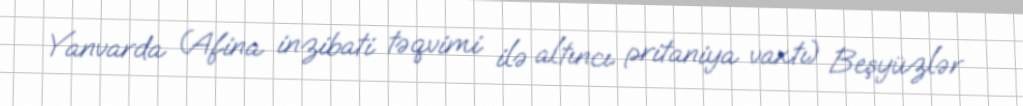
Yanvarda (Afina inzibati təqvimi ilə altıncı pritaniya vaxtı) Beşyüzlər